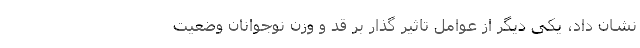
نشان داد، یکی دیگر از عوامل تاثیر گذار بر قد و وزن نوجوانان وضعیت